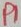
Text: P1